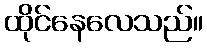
ထိုင်နေလေသည်။